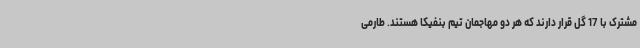
مشترک با 17 گل قرار دارند که هر دو مهاجمان تیم بنفیکا هستند. طارمی